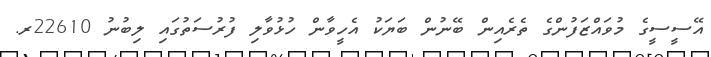
އޭސީސީގެ މުވައްޒަފުންގެ ތެރެއިން ބޭނުން ބަޔަކު އެހީވާން ހުޅުވާލި ފުރުސަތުގައި ލިބުނު 22610ރ.